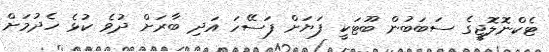
ޓެކްނޮލޮޖީގެ ސަބަބުން ބޫޓަކީ ފަޔަށް ފަސޭހަ އަދި ބާރަށް ދުވެ ކުޅެ ހެދުމަށް